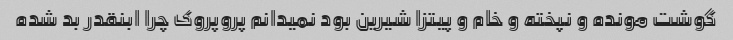
گوشت مونده و نپخته و خام و پیتزا شیرین بود نمیدانم پروپروک چرا ابنقدر بد شده